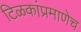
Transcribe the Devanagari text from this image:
टिळकांप्रमाणेच